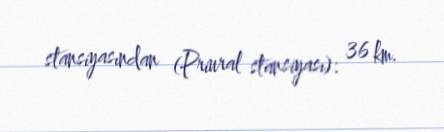
stansiyasından (Priural stansiyası): 36 km.